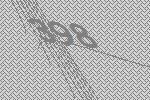
398